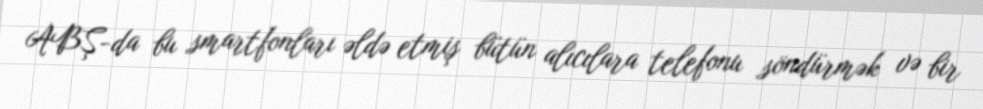
ABŞ-da bu smartfonları əldə etmiş bütün alıcılara telefonu söndürmək və bir